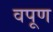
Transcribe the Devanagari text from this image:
वपूण